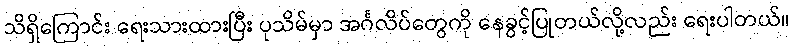
သိရှိကြောင်း ရေးသားထားပြီး ပုသိမ်မှာ အင်္ဂလိပ်တွေကို နေခွင့်ပြုတယ်လို့လည်း ရေးပါတယ်။